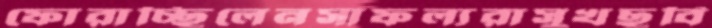
ফোরাচ্ছিলেনসাফল্যরাসুখছবি